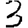
Digit: 3